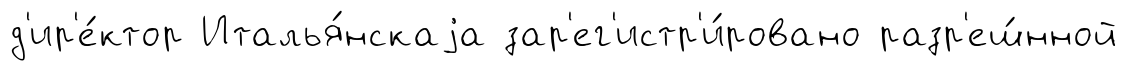
д'ир'е́ктор Италья́нскаjа зар'ег'истр'и́ровано разр'еш́нной